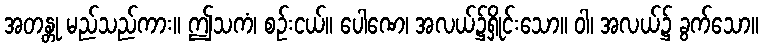
အတန္တု မည်သည်ကား။ ဤသကံ၊ စဉ်းငယ်။ ပေါဏေ၊ အလယ်၌ရှိုင်းသော။ ဝါ၊ အလယ်၌ ခွက်သော။